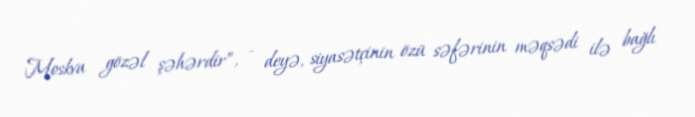
Moskva gözəl şəhərdir”, - deyə, siyasətçinin özü səfərinin məqsədi ilə bağlı